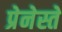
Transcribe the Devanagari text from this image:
प्रेनेस्ते